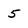
Character: 5